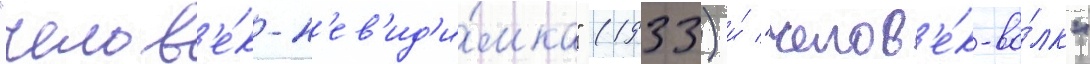
"челов'е́к-н'ев'ид'и́мка" (1933) и́ "челов'е́к-во́лк"